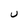
Character: U